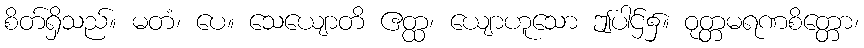
စိတ်ရှိသည်။ မတံ၊ ပေ။ သေယျောတိ ဧတ္ထ၊ ယျောဟူသော ဤပါဌ်၌။ ဝုတ္တမရဏစိတ္တော၊